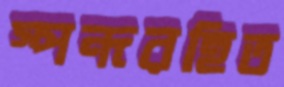
স্পন্দরহিত